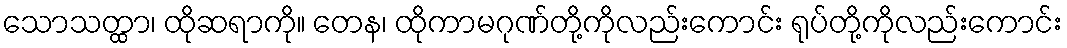
သောသတ္ထာ၊ ထိုဆရာကို။ တေန၊ ထိုကာမဂုဏ်တို့ကိုလည်းကောင်း ရုပ်တို့ကိုလည်းကောင်း